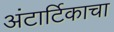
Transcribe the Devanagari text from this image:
अंटार्टिकाचा